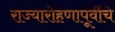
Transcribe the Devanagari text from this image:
राज्यारोहणापूर्वीचे